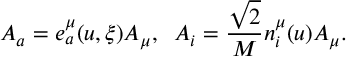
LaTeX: A _ { a } = e _ { a } ^ { \mu } ( u , \xi ) A _ { \mu } , \; \; A _ { i } = \frac { \sqrt { 2 } } { M } n _ { i } ^ { \mu } ( u ) A _ { \mu } .